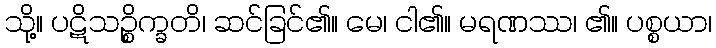
သို့။ ပဋိသဉ္စိက္ခတိ၊ ဆင်ခြင်၏။ မေ၊ ငါ၏။ မရဏဿ၊ ၏။ ပစ္စယာ၊